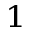
_ 1